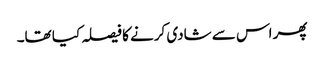
پھر اس سے شادی کرنے کا فیصلہ کیا تھا۔